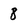
Character: 8